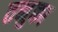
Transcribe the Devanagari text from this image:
तनुका